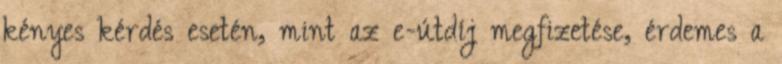
kényes kérdés esetén, mint az e-útdíj megfizetése, érdemes a